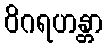
ဝိဂရဟန္တာ